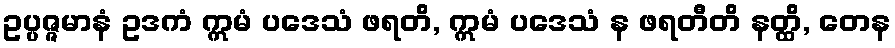
ဥပ္ပဇ္ဇမာနံ ဥဒကံ ဣမံ ပဒေသံ ဖရတိ, ဣမံ ပဒေသံ န ဖရတီတိ နတ္ထိ, တေန